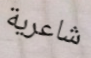
شاعرية